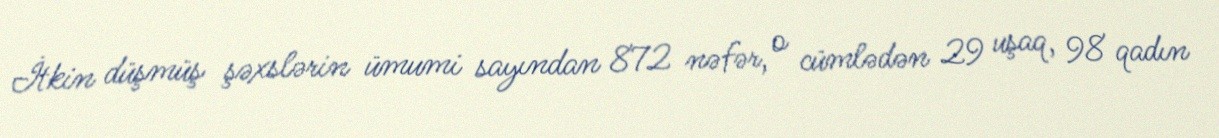
İtkin düşmüş şəxslərin ümumi sayından 872 nəfər, o cümlədən 29 uşaq, 98 qadın